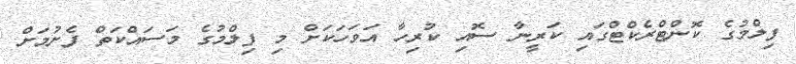
ފިލްމުގެ ކޮންޓްރެކްޓްގައި ކަރީނާ ސޮއި ކުރިހާ އަވަހަކަށް މި ފިލްމުގެ މަސައްކަތް ފެށުމަށް